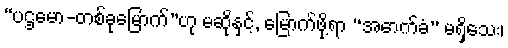
“ပဌမော-တစ်ခုမြောက်”ဟု မဆိုနှင့်, မြောက်ဖို့ရာ “အောက်ခံ” မရှိသေး၊